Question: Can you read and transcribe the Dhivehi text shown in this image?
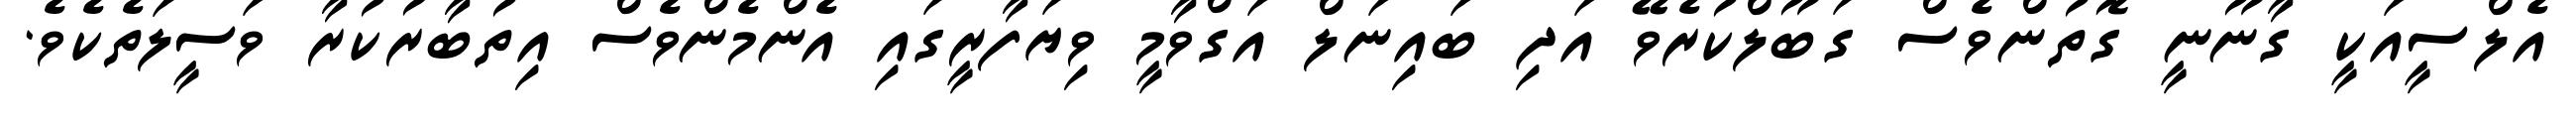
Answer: އެލްސީއަކީ ގާނޫނީ ގޮތުންވެސް ގަބޫލްކުރެވޭ އަދި ބައިނަލް އަގްވާމީ ވިޔަފާރީގައި އެންމެންވެސް އިތުބާރުކުރާ ވަސީލަތެކެވެ.